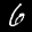
Label: 6